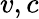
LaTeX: v,c